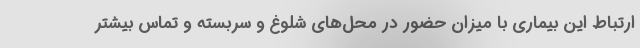
ارتباط این بیماری با میزان حضور در محل‌های شلوغ و سربسته و تماس بیشتر